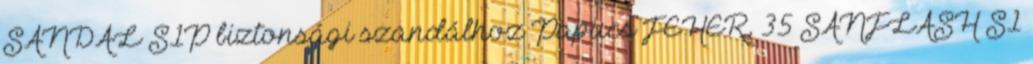
SANDAL S1P biztonsági szandálhoz Papucs FEHÉR, 35 SANFLASH S1